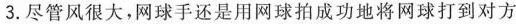
3.尽管风很大，网球手还是用网球拍成功地将网球打到对方